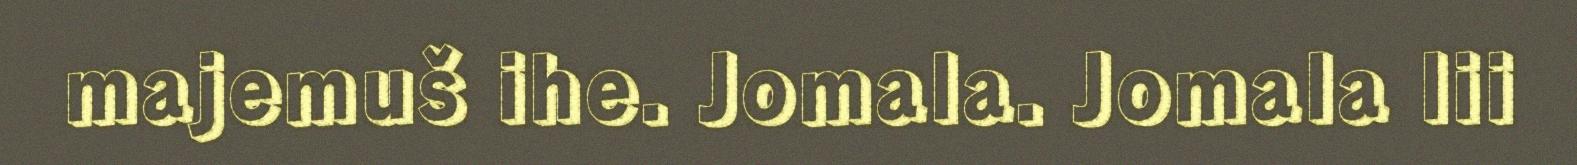
majemuš ihe. Jomala. Jomala lii